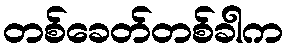
တစ်ခေတ်တစ်ခါက